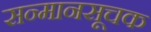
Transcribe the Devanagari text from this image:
सन्मानसूचक